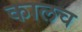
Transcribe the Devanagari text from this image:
कालच